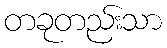
တခုတည်းသာ